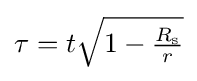
\tau =t{\sqrt {1-{\tfrac {R_{\text{s}}}{r}}}}